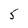
Character: 5